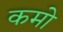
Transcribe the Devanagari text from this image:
कमो